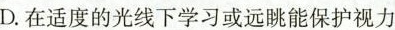
D.在适度的光线下学习或远眺能保护视力